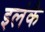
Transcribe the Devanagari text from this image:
इलंकै